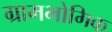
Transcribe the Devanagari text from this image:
ग्रामभोगिक